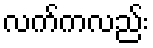
လက်ကလည်း